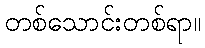
တစ်သောင်းတစ်ရာ။